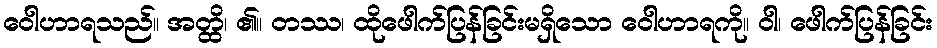
ဝေါဟာရသည်။ အတ္ထိ၊ ၏။ တဿ၊ ထိုဖေါက်ပြန်ခြင်းမရှိသော ဝေါဟာရကို။ ဝါ၊ ဖေါက်ပြန်ခြင်း